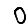
Digit: 0